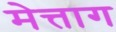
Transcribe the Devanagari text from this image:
मेत्ताग